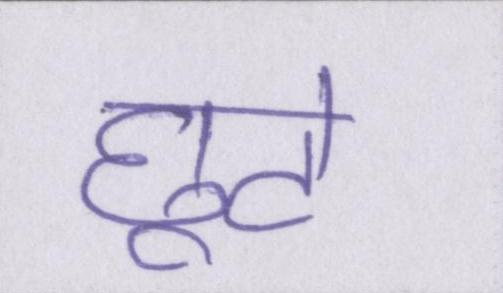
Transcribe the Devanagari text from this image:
छूटे